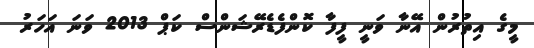
މީގެ އިތުރުން އޭނާ ވަނީ ފީފާ ކޮންފެޑެރޭޝަންސް ކަޕް 2013 ވަނަ އަހަރު